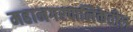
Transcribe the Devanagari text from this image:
महानगरपालिकेतील